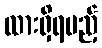
ထားရှိရမည့်